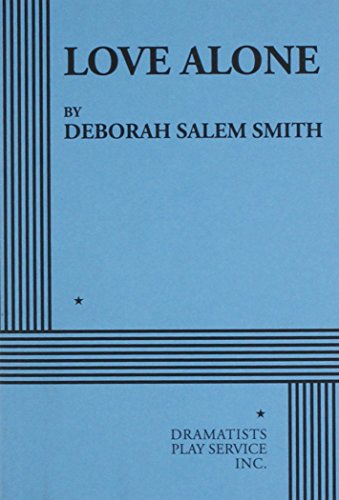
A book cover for Love Alone; Deborah Salem Smith; Literature & Fiction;